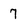
Character: 7